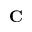
\mathbf { C }